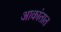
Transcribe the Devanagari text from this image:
आकांतात